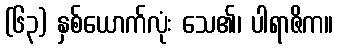
(၆၃) နှစ်ယောက်လုံး သေ၏၊ ပါရာဇိက။